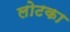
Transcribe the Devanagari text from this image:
लोटका